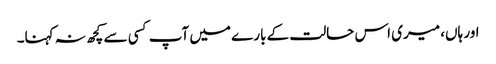
اور ہاں، میری اس حالت کے بارے میں آپ کسی سے کچھ نہ کہنا۔